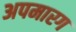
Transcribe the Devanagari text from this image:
अपमारग